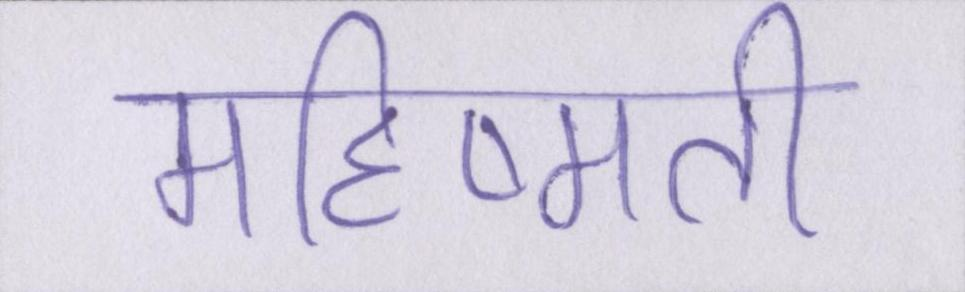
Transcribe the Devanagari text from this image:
महिष्मती